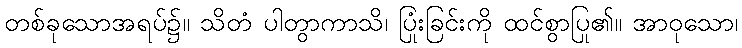
တစ်ခုသောအရပ်၌။ သိတံ ပါတွာကာသိ၊ ပြုံးခြင်းကို ထင်စွာပြု၏။ အာဝုသော၊